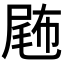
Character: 𡲫